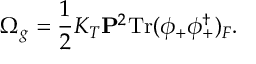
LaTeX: \Omega _ { g } = \frac 1 2 K _ { T } { \bf P } ^ { 2 } \mathrm { T r } ( \phi _ { + } \phi _ { + } ^ { \dagger } ) _ { F } .